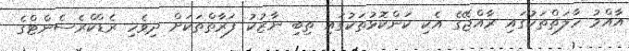
އާއްމު ހާލަތްތަކުގައި ރާއްޖޭގެ އެކި ކަންކޮޅުތަކުގައި ތިބި ނާޒުކު ފަރާތްތަކަށް ދިވެހި ރެޑްކްރެސެންޓްގެ